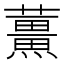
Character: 𫊌